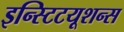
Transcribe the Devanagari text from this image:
इन्स्टिटयूशन्स